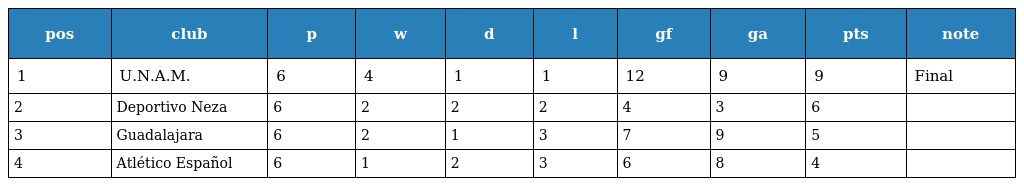
| pos | club | p | w | d | l | gf | ga | pts | note |
 | --- | --- | --- | --- | --- | --- | --- | --- | --- | --- |
 | 1 | U.N.A.M. | 6 | 4 | 1 | 1 | 12 | 9 | 9 | Final |
 | 2 | Deportivo Neza | 6 | 2 | 2 | 2 | 4 | 3 | 6 |  |
 | 3 | Guadalajara | 6 | 2 | 1 | 3 | 7 | 9 | 5 |  |
 | 4 | Atlético Español | 6 | 1 | 2 | 3 | 6 | 8 | 4 |  |